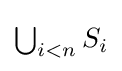
{\textstyle \bigcup _{i<n}S_{i}}